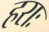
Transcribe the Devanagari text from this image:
हराः